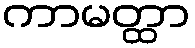
ကာမတ္ထာ